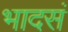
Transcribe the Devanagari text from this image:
भादसं